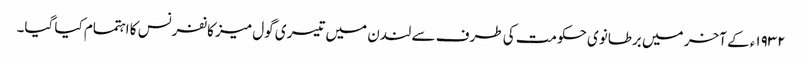
١٩٣٢ء کے آخر میں برطانوی حکومت کی طرف سے لندن میں تیسری گول میز کانفرنس کا اہتمام کیا گیا۔